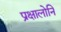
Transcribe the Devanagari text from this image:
प्रक्षालोनि